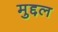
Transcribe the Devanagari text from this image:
मुद्दल